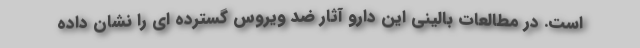
است. در مطالعات بالینی این دارو آثار ضد ویروس گسترده ای را نشان داده